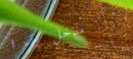
مدخل رقم ١